Vital statistics of India. Vol. IV, Annual returns from 1871 to 1876. British Army of India, Native Army and jails of Bengal
Year: 1871
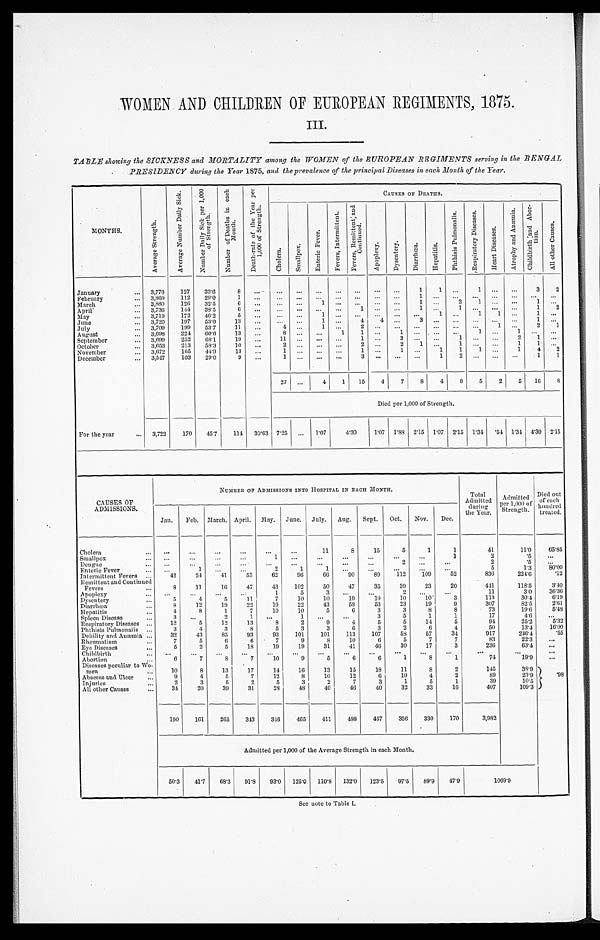
WOMEN AND CHILDREN OF EUROPEAN REGIMENTS, 1875.
III.
TABLE showing the SICKNESS and MORTALITY among the WOMEN of the EUROPEAN REGIMENTS serving in the BENGAL
.
PRESIDENCY during the Year 1875, and the prevalence of the principal Diseases in each Month of the Year.
MONTHS.
A v e r a g e S t r e n g t h .
A v e r a g e N u m b e r D a i l y S i c k .
N u m b e r D a i l y S i c k p e r 1 , 0 0 0 o f S t r e n g t h .
N u m b e r o f D e a t h s i n e a c h M o n t h .
D e a t h - r a t e o f t h e Y e a r p e r 1 , 0 0 0 o f S t r e n g t h .
CAUSES OF DEATHS.
C h o l e r a . S m a l l p o x .
E n t e r i c F e v e r .
F e v e r , I n t e r m i t t e n t .
F e v e r , R e m i t t e n t , a n d C o n t i n u e d .
A p o p l e x y . D y s e n t e r y . D i a r h œ a .
H e p a t i t i s .
P h t h i s i s P u l m o n a l i s . R e s p i r a t o r y d i s e a s e s .
H e a r t D i s e a s e s .
A t r o p h y a n d A n æ m i a . C h i l d b i r t h a n d A b o r t i o n .
A l l o t h e r C a u s e s .
January
... 3,776
127
33.6
8
. . . . . .
. . .
. . .
. . .
. . .
. .
. . .
1
1
. . .
1
. . .
. . .
3
2
February
... 3,860 112
29.0
1 ...
. . .
. . .
. . . ...
. . .
. . .
. . .
1 ...
. . .
. . . ... ...
. . . ...
March
... 3,880
126 32.5
6
. . . . . .
. . .
1 ... ... ... ...
1
. . .
2
1
. . .
. . .
1
. . .
April
... 3,736
144 38.5
6
. . . . . .
. . .
. . .
. . .
1
. . .
. . . 1
. . . 1 ... ... ...
1
2
May
... 3,719
172 46.2
5
. . . . . . ...
1
. . .
. . .
. . .
. . .
. . . 1
. . .
1 1 ...
1
. . .
June
... 3,720
197
53.0
13 ...
... ...
1
. . . 4
4 ...
3
. . .
. . . ... ...
. . . 1
. . .
July... 3,709 199
53.7
11
. . .
4
. . .
1
. . .
2
. . .
. . .
. . . . . .
. . .
. . . 1 ...
2
1
August
... 3,698 224 60.6
13 ...
8 ... ...
1
1 ...
1
. . . . . .
. . .
1
. . .
1
. . .
. . .
September
... 3,699
252 68.1
19 ...
11 ... ... ...
1
. . .
3
. . . . . .
1
. . .
. . .
2
1 ...
October
... 3,653
213 58.3
10
. . .
2 . . .
. . .
. . . 2
. . .
2
1 ...
1 ... ...
1
1
. . .
November
... 3,672 165
44.9
13
. . . 1 ... ...
...
1
. . .
1 ...
1
1
1 ...
1
4
2
December
... 3,547 103
29.0
9
. . . 1
. . .
. . .
. . .
3
. . .
. . .
. . . 1
2
. . .
. . .
. . .
1
1
27 ...
4
1 15
4
7
8
4
8
5
2
5 16
8
Died per 1,000 of Strength.
For the year
... 3,722
170
45.7
114 30.63 7.25 ... 1.07
4.30
1.07 1 . 8 8 2.15 1.07 2.15
1 . 3 4
. 5 4 1.34 4.30 2.15
CAUSES OF
ADMISSIONS.
NUMBER OF ADMISSIONS INTO HOSPITAL IN EACH MONTH.
Total
Admitted during the year.
Admitted
per 1,000 of
Strength.
Died out
of each
hundred
treated.
Jan. Feb. March. April. May. June. July. Aug. Sept. Oct. Nov. Dec.
Cholera
...
. . .
...
...
...
. . .
...
11
8
15
5
1
1
41
11.0
65.85
Smallpox
...
. . .
...
. . . ...
1 ...
...
...
...
...
...
1
2
. 5
. . .
Dengue
...
. . .
. . . ...
...
...
...
...
...
...
. . .
. . . ...
2
. 5
. . .
Enteric Fever
...
. . .
1 ...
. . .
2
1
1
. . . ...
2
...
...
5
1.3
80.00
Intermittent Fevers...
42
24
41
53
62
96
66
90
89
112
109
52
836
224.6
. 1 2
Remittent and Continued
Fevers
...
8
11
16
47
43
102
50
47
35
39
23
20
441
118.5
3.40
Apoplexy
. . . ...
...
. . .
1
5
3 ...
...
2
. . . ...
11
3.0
36.36
Dysentery
...
5
4
5
11
7
10
10
19
19
10
10
3
113
30.4
6.19
Diarrhœa
8
12
19
22
19
22
43
58
53
23
19
9
307
82.5
2.61
Hepatitis
...
4
8
1
7
10
10
5
6
3
3
8
8
73
19.6
5.48
Spleen Disease
3 ...
2
1 ...
1 ...
...
3
5
1
1
17
4.6 ...
Respiratory Diseases ...
12
5
12
13
8
2
9
4
5
5
14
5
94
25.2
5.32
Phthisis Pulmonalis ...
3
4
3
8
5
3
3
6
3
2
6
4
50
13.4
16.00
Debility and Anæmia ...
32
43
85
93
93
101
101
113
107
58
57
34
917
246.4
. 5 5
Rheumatism
...
7
5
6
6
7
9
8
10
6
5
7
7
83
22.3
...
Eye Diseases
...
5
2
5
18
19
19
31
41
40
30
17
3
236
63.4 ...
Childbirth
... ...
...
...
...
. . . ...
...
...
. . .
. . .
...
...
. . .
...
...
Abortion...
6
7
8
7
10
9
5
6
6
1
8
1
74
19.9 ...
Diseases peculiar to Wo-
men
...
10
8
13
17
14
16
13
15
18
11
8
2
145
38.9
Abscess and Ulcer
...
9
4
5
7
12
8
10
12
6
10
4
2
89
23.9
. 9 8
Injuries
...
2
3
5
2
5
3
2
7
3
1
5 1
39
10.5
All other Causes
...
34
20
39
31
28
48
40
46
40
32
33
16
407
109.3
190
161
265
343
346 465
411
488 457
356
330
170
3,982
Admitted per 1,000 of the Average Strength in each Month.
50.3 41.7 68.3 91.8 93.0 125.0 110.8 132.0 123.5 97.5 89.9
47.9
1069.9
See note to Table I.